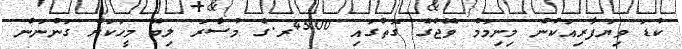
ކުޑަ ވިޔަފާރިއަކުން މިނިމަމް ވޭޖްގެ ގޮތުގައި 4500ރ.ގެ މުސާރަ ލިބޭ މީހަކަށް ގަންނަން